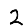
Digit: 2